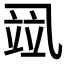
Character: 𰁌